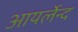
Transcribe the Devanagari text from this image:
आयर्लेन्द